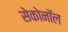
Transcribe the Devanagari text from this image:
सेकोनॉल